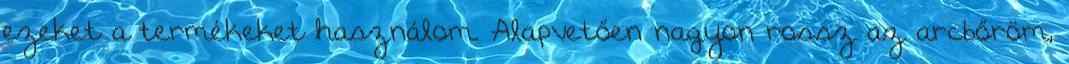
ezeket a termékeket használom. Alapvetően nagyon rossz az arcbőröm,